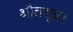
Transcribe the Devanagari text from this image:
श्रौतसूत्र।